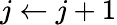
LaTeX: j\leftarrow j+1